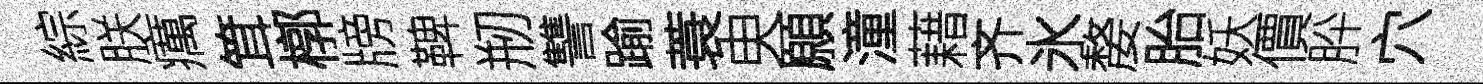
綜朕癘䇯槨牓鞞剏讐踰蓑㬰願潼藉齐氷嫠胎妖價肸穴